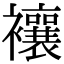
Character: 𧟄